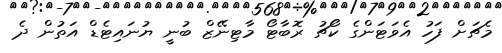
މެޗަށް ފަހު އެވަޓަންގެ ކޯޗު ރޮބާޓޯ މާޓިނޭޒް ބުނީ ޔުނައިޓެޑް އަތުން ދެ